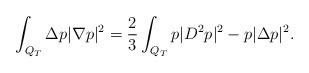
LaTeX: \begin{align*}\int_{Q_T} \Delta p|\nabla p|^2=\frac{2}{3} \int_{Q_T} p|D^2p|^2-p|\Delta p|^2.\end{align*}